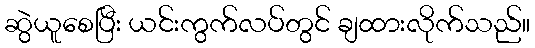
ဆွဲယူစေပြီး ယင်းကွက်လပ်တွင် ချထားလိုက်သည်။